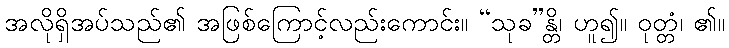
အလိုရှိအပ်သည်၏ အဖြစ်ကြောင့်လည်းကောင်း။ “သုခ”န္တိ၊ ဟူ၍။ ဝုတ္တံ၊ ၏။